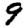
Digit: 9